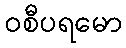
ဝစီပရမော